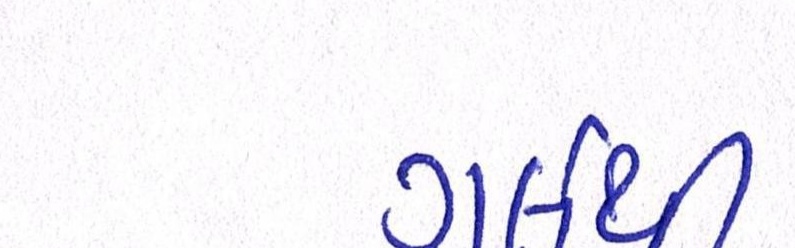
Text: ગર્લથી